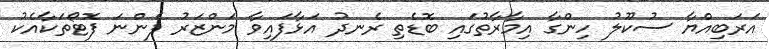
އަރަބިއްޔާ ސުކޫލު ހިންގާ އިމާރާތުގައި ބޮޑެތި ރެނދު އަޅާފައިވާ މަންޒަރު ފެންނަ ފޮޓޯތަކާއެކު